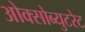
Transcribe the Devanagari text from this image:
ओक्सोब्युटरेट